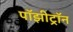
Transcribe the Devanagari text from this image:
पॉझीट्रॉन